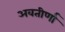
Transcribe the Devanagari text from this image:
अवतीर्णा